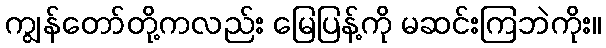
ကျွန်တော်တို့ကလည်း မြေပြန့်ကို မဆင်းကြဘဲကိုး။